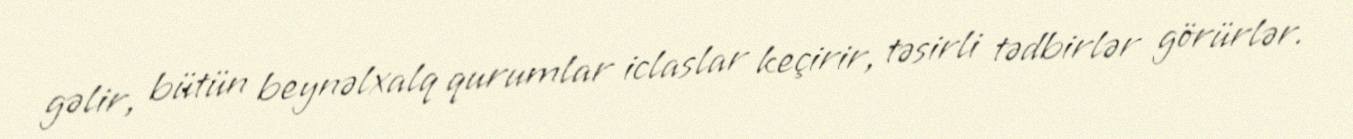
gəlir, bütün beynəlxalq qurumlar iclaslar keçirir, təsirli tədbirlər görürlər.